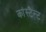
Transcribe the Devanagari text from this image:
कांस्टैन्ट